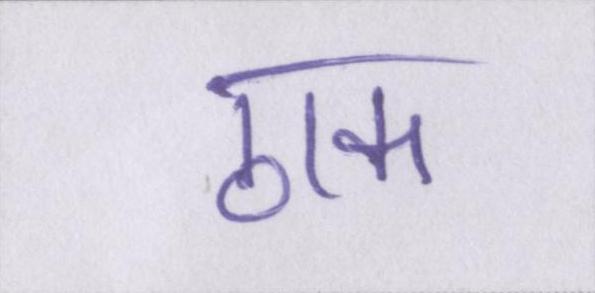
ठाक